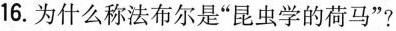
16.为什么称法布尔是”昆虫学的荷马”?